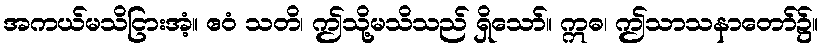
အကယ်မသိငြားအံ့။ ဧဝံ သတိ၊ ဤသို့မသိသည် ရှိသော်။ ဣဓ၊ ဤသာသနာတော်၌။